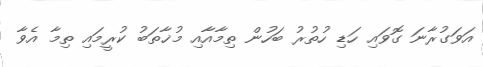
އަވަގުރާނަ ގޮވައި ހަޑި ހުތުރު ބަހުން ތިމާއާއި މުޚާތަބު ކުރީމައި ތިިމާ އެވާ